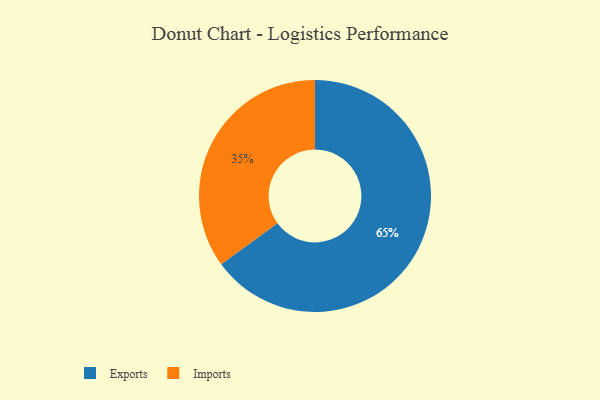
{"axis": {"x": "Category", "y": "Percentage"}, "legend": ["Exports", "Imports"], "data": [{"x": "Exports", "y": 65, "type": "Exports"}, {"x": "Imports", "y": 35, "type": "Imports"}]}